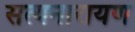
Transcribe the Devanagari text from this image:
सत्‍यनारायण